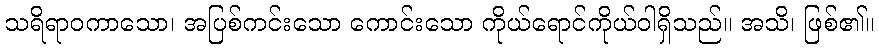
သရိရာဝကာသော၊ အပြစ်ကင်းသော ကောင်းသော ကိုယ်ရောင်ကိုယ်ဝါရှိသည်။ အသိ၊ ဖြစ်၏။